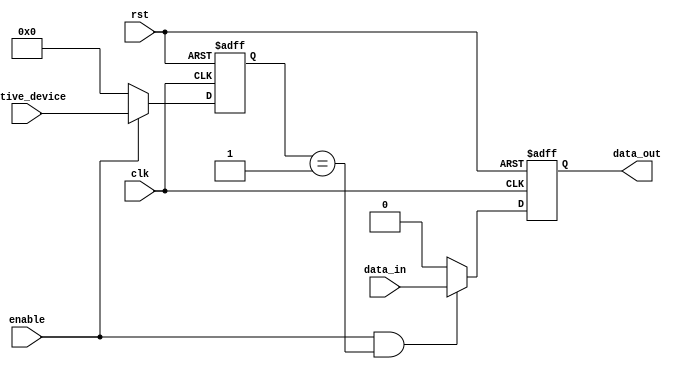
module io_block_switch(
    input wire clk,
    input wire rst,
    input wire enable,
    input wire [3:0] active_device,
    input wire data_in,
    output wire data_out
);

reg [3:0] active_device_reg;
reg data_out_reg;

always @(posedge clk or posedge rst) begin
    if (rst) begin
        active_device_reg <= 4'b0000;
        data_out_reg <= 1'b0;
    end else begin
        active_device_reg <= enable ? active_device : 4'b0000;
        data_out_reg <= enable && (active_device_reg == 4'b0001) ? data_in : 1'b0;
    end
end

assign data_out = data_out_reg;

endmodule